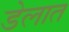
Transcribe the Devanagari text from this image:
डेलात